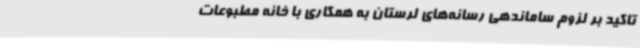
تاکید بر لزوم ساماندهی رسانه‌های لرستان به همکاری با خانه مطبوعات